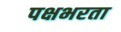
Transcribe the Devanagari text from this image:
पक्षभरता